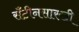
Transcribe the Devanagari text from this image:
सँटीनसारखी